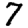
Digit: 7